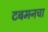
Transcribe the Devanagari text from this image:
टबमनचा